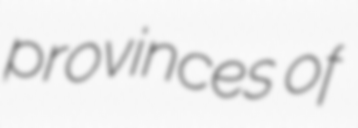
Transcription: provinces of